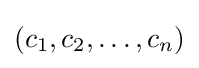
(c_{1},c_{2},\dots ,c_{n})